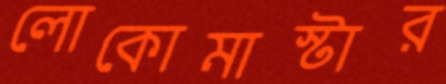
লোকোমাস্টার